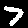
Digit: 7